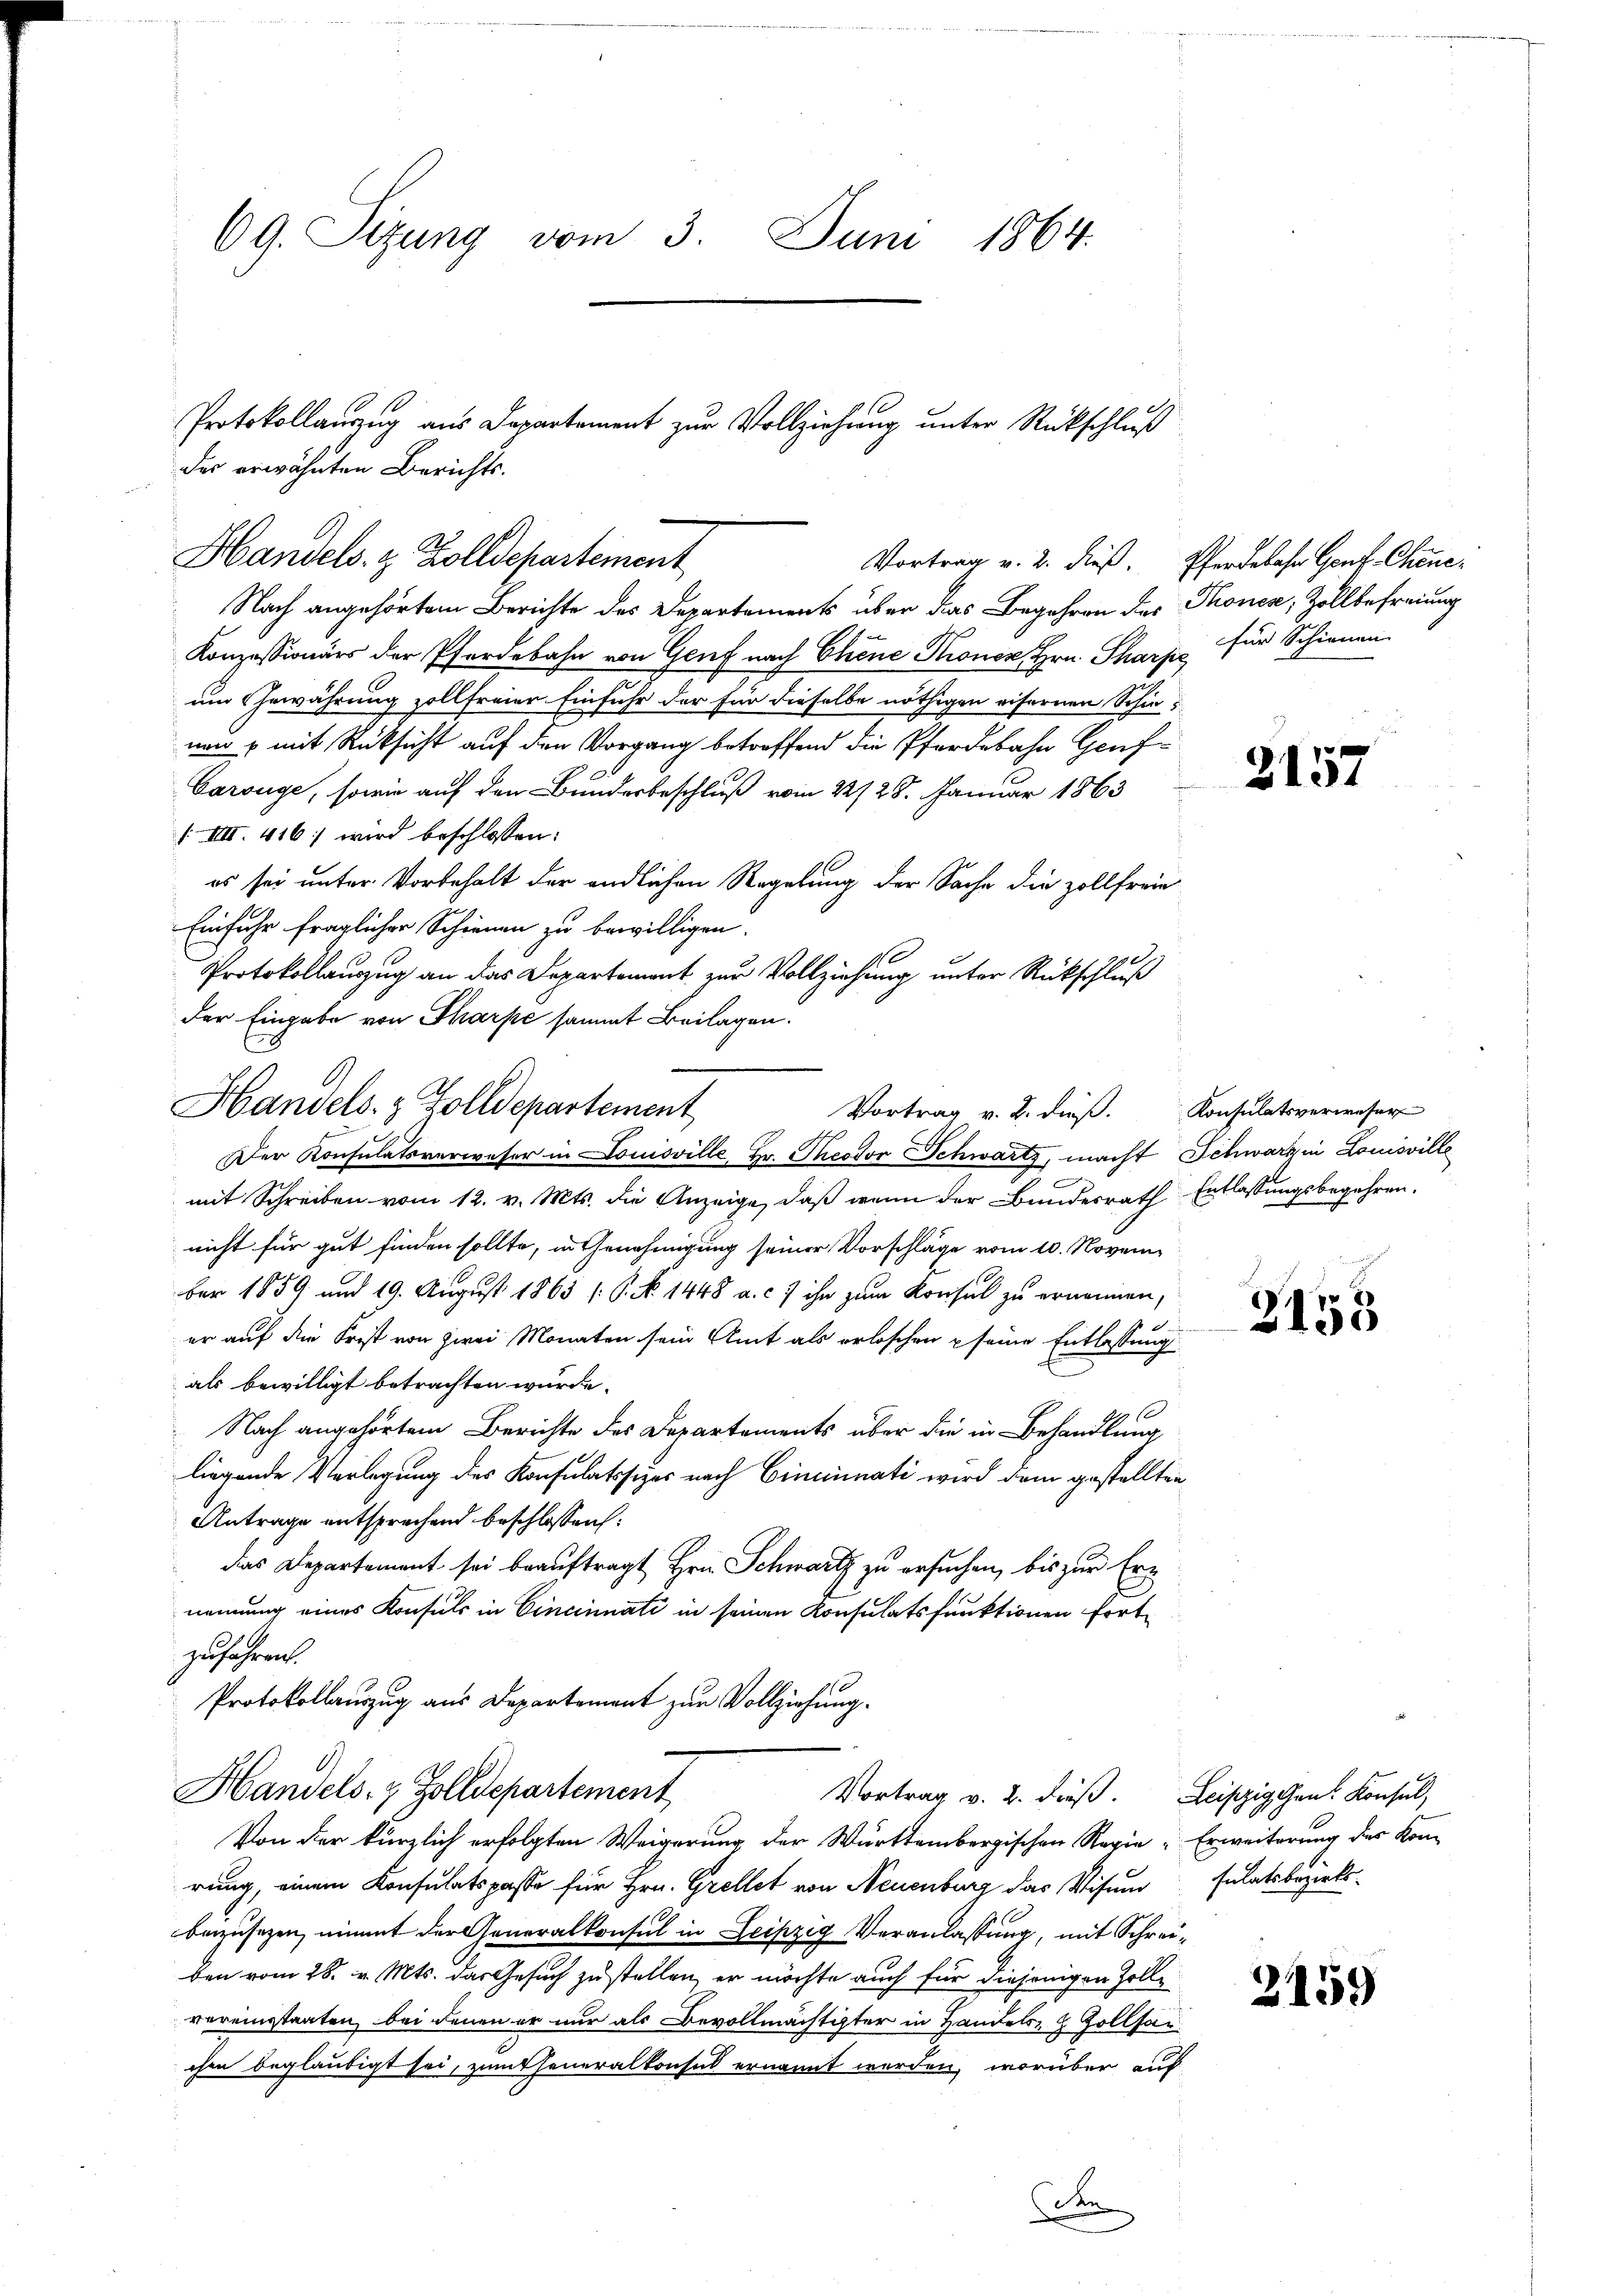
69. Sizung vom 3. Juni 1864.

Protokollauszug aus Departement zur Vollziehung unter Rückschluß
des erwähnten Berichts-
Handels- & Zolldepartement
Vortrag v. 2. dieß. Pferdebahn Genf. Chinei

Nach angehörtem Berichte des Departements über das Begehren des Thonese, Zollbefreiung
Konzessionärs der Pferdebahn von Genf nach Chene Kronen, Hrn. Sharps, für Schienen
um Gewährung zollfreier Einfuhr der für dieselbe nöthigen eifernen Schies
nen & mit Rücksicht auf den Vorgang betreffend die Pferdebahn Genf
Carouge, sowie auf den Bundesbeschluß vom 22/28. Januar 1863
/. VIII. 416 wird beschlossen:
es sei unter Vorbehalt der endlichen Regelung der Sache die zollfreie
Einfuhr fraglicher Schienen zu bewilligen.
Protokollauszug an das Departement zur Vollziehung unter Rückschluß
der Eingabe von Pharpe sammt Beilagen.
Der Konsulatsverweser in Louisville Hr. Theodor Schwarts, macht Schwarzen Louisville
7
mit Schreiben vom 12. v. Mts. die Anzeige, daß wenn der Bundesrath
nicht für gut finden sollte, in Genehmigung seiner Vorschläge vom 10. November 1859 und 19. August 1863 (: P. No. 1448 a. c. 7 ihn zum Konsul zu ernennen,
er auf die Frist von zwei Monaten sein Amt als erloschen seine Entlassung
als bewilligt betrachten würde.
Nach angehörtem Berichte des Departaments über die in Behandlung
liegende Verlegung des Konsulatssizes nach Cincinati wird dem gestellten
Antrage entsprechend beschlossen:
das Departement sei beauftragt Hrn. Schwartz zu ersuchen, bis zur Ernennung eines Konsuls in Cincinnati in seinen Konsulatsfunktionen fortzufahren.
Protokollauszug aus Departement zur Vollziehung.
Handels- & Zolldepartement
Vortrag v. 2. dieß. Leipzigen. Konsul,
Von der kürzlich erfolgten Weigerung der Württembergischen Regie Erweiterung des Kon-
rung, einem Konsulatspasse für Hrn. Grellet von Neuenburg das Wisung
beizusetzen, nimmt der Generalkonsul in Leipzig Veranlassung, mit Schreiben vom 28. v. Mts. das Gesuch zustellen, er möchte auch für diejenigen Zollvereinstaaten, bei denen er nur als Bevollmächtigter in Handels- & Zollsau
chen beglaubigt sei, zum theneralkonsul ernannt werden, worüber auf
den

Handels- & Zolldepartement
Vortrag v. 2. dieß. Konsulatsverweser

2157

Entlassungsbegehren.

3153

sulatsbezirks-

2159